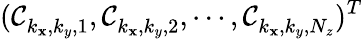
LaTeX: (\mathcal{C}_{k_{\mathbf{x}},k_{y},1}^{},\mathcal{C}_{k_{\mathbf{x}},k_{y},2}^{},\cdots,\mathcal{C}_{k_{\mathbf{x}},k_{y},N_{z}}^{})^{T}